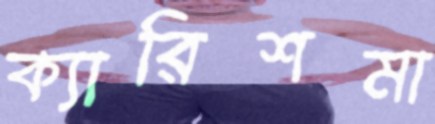
ক্যারিশমা